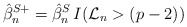
\begin{align*}\hat{\beta}_n^{S+} = \hat{\beta}_n^{S} \, I(\mathcal{L}_n > (p-2))\end{align*}